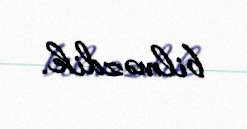
bilməzdik.